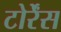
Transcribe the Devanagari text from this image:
टोर्रेंस